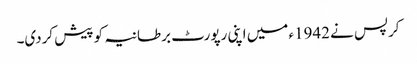
کرپس نے 1942ء میں اپنی رپورٹ برطانیہ کو پیش کردی۔